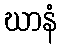
ဃာနံ